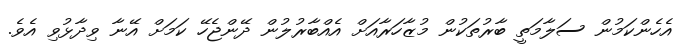
އެހެންކަމުން ސަލާމަތީ ބާރުތަކުން މުޒާހަރާއަށް އެއްބާރުލުން ދޭންޖެހޭ ކަމަށް އޭނާ ވިދާޅުވި އެވެ.